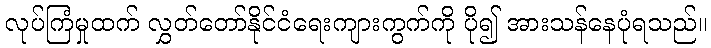
လုပ်ကြံမှုထက် လွှတ်တော်နိုင်ငံရေးကျားကွက်ကို ပို၍ အားသန်နေပုံရသည်။